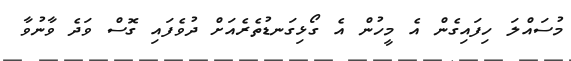
މުސައްލަ ހިފައިގެން އެ މީހުން އެ ގޯޅިގަނޑުތެރެއަށް ދުވެފައި ގޮސް ވަދެ ވާނުވާ